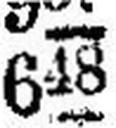
648